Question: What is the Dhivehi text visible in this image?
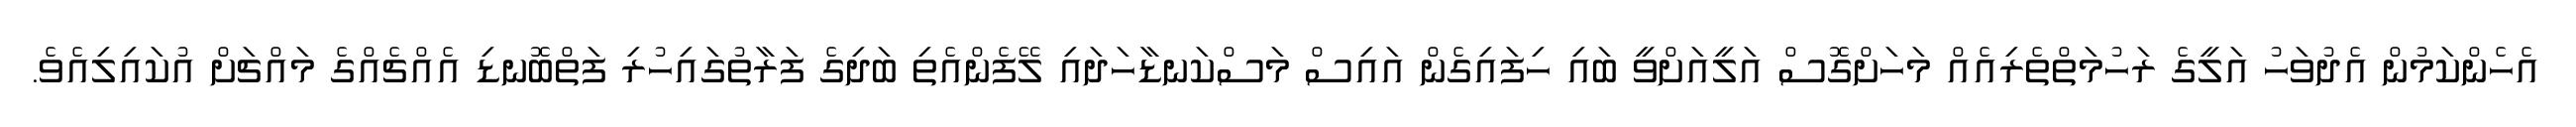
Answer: އެހެންކަމުން އެދުވަހު އަލީގެ ރަހުމަތްތެރިއެއް މަހަށްގޮސް އަލީއަށްވީ ބައި ހިފައިގެން އައިސް މަސްކަނޑާހަދައި ލޭފެންއެތި ބަދިގެ ފަރާތުގައިހުރި ފަތްބޮނޑި އެއްޗެއްގެ މައްޗަށް އުކައިލިއެވެ.